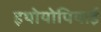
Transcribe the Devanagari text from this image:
इथोयोपियाई